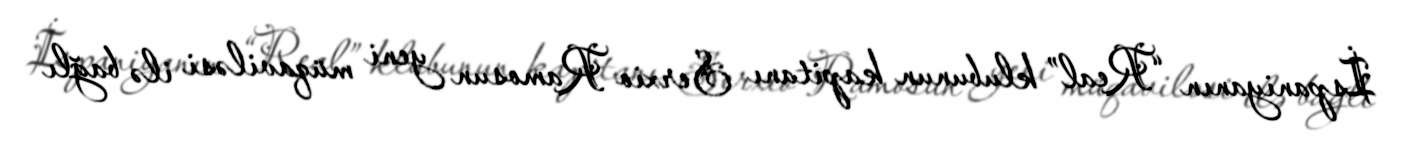
İspaniyanın “Real” klubunun kapitanı Serxio Ramosun yeni müqaviləsi ilə bağlı